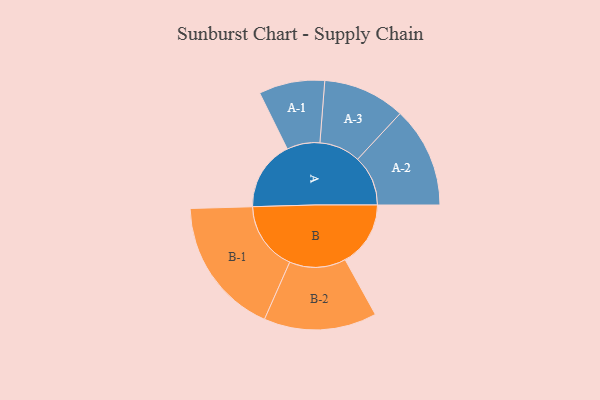
{"axis": {"x": "Segment", "y": "Value"}, "legend": ["", "A", "B"], "data": [{"x": "A", "y": 265, "type": ""}, {"x": "B", "y": 248, "type": ""}, {"x": "A-1", "y": 125, "type": "A"}, {"x": "A-2", "y": 191, "type": "A"}, {"x": "A-3", "y": 156, "type": "A"}, {"x": "B-1", "y": 262, "type": "B"}, {"x": "B-2", "y": 214, "type": "B"}]}